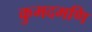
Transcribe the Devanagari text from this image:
कुमदमणि